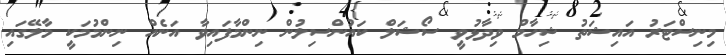
މިނިސްޓަރު އައިޝަތު ޝިހާމް ވިދާޅުވީ ސޯޝަލް ކައުންސިލުން ނިންމާފައިވާ އަނެއް ނިންމުމަކީ މާލޭގައި